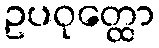
ဥပဝုတ္ထော